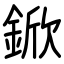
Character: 鍁